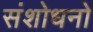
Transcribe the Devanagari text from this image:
संशोधनो